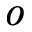
o